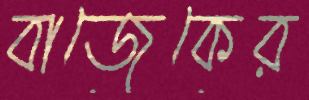
বাজেকের